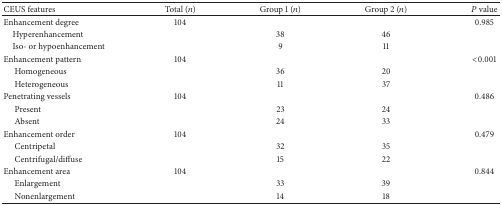
<table><thead><tr><td><b>CEUS features</b></td><td><b>Total (<i>n</i>)</b></td><td><b>Group 1 (<i>n</i>)</b></td><td><b>Group 2 (<i>n</i>)</b></td><td><b><i>P</i> value</b></td></tr></thead><tbody><tr><td>Enhancement degree</td><td>104</td><td> </td><td> </td><td>0.985</td></tr><tr><td> Hyperenhancement</td><td> </td><td>38</td><td>46</td><td> </td></tr><tr><td> Iso- or hypoenhancement</td><td> </td><td>9</td><td>11</td><td> </td></tr><tr><td>Enhancement pattern</td><td>104</td><td> </td><td> </td><td>&lt;0.001</td></tr><tr><td>Homogeneous </td><td> </td><td>36</td><td>20</td><td> </td></tr><tr><td>Heterogeneous</td><td> </td><td>11</td><td>37</td><td> </td></tr><tr><td>Penetrating vessels</td><td>104</td><td> </td><td> </td><td>0.486</td></tr><tr><td>Present</td><td> </td><td>23</td><td>24</td><td> </td></tr><tr><td>Absent</td><td> </td><td>24</td><td>33</td><td> </td></tr><tr><td>Enhancement order</td><td>104</td><td> </td><td> </td><td>0.479</td></tr><tr><td>Centripetal</td><td> </td><td>32</td><td>35</td><td> </td></tr><tr><td>Centrifugal/diffuse</td><td> </td><td>15</td><td>22</td><td> </td></tr><tr><td>Enhancement area</td><td>104</td><td> </td><td> </td><td>0.844</td></tr><tr><td>Enlargement</td><td> </td><td>33</td><td>39</td><td> </td></tr><tr><td>Nonenlargement</td><td> </td><td>14</td><td>18</td><td> </td></tr></tbody></table>